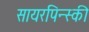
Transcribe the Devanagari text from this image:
सायरपिन्स्की